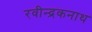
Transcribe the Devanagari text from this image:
रवीन्द्रकनाथ